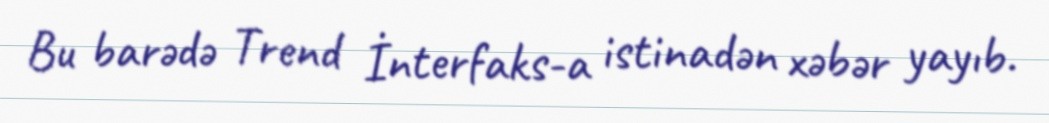
Bu barədə Trend İnterfaks-a istinadən xəbər yayıb.